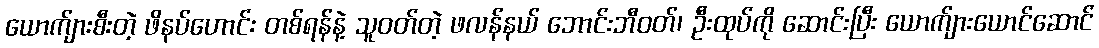
ယောက်ျားစီးတဲ့ ဖိနပ်ဟောင်း တစ်ရန်နဲ့ သူဝတ်တဲ့ ဖလန်နယ် ဘောင်းဘီဝတ်၊ ဦးထုပ်ကို ဆောင်းပြီး ယောက်ျားယောင်ဆောင်